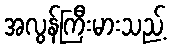
အလွန်ကြီးမားသည့်